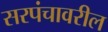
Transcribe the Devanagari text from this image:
सरपंचावरील